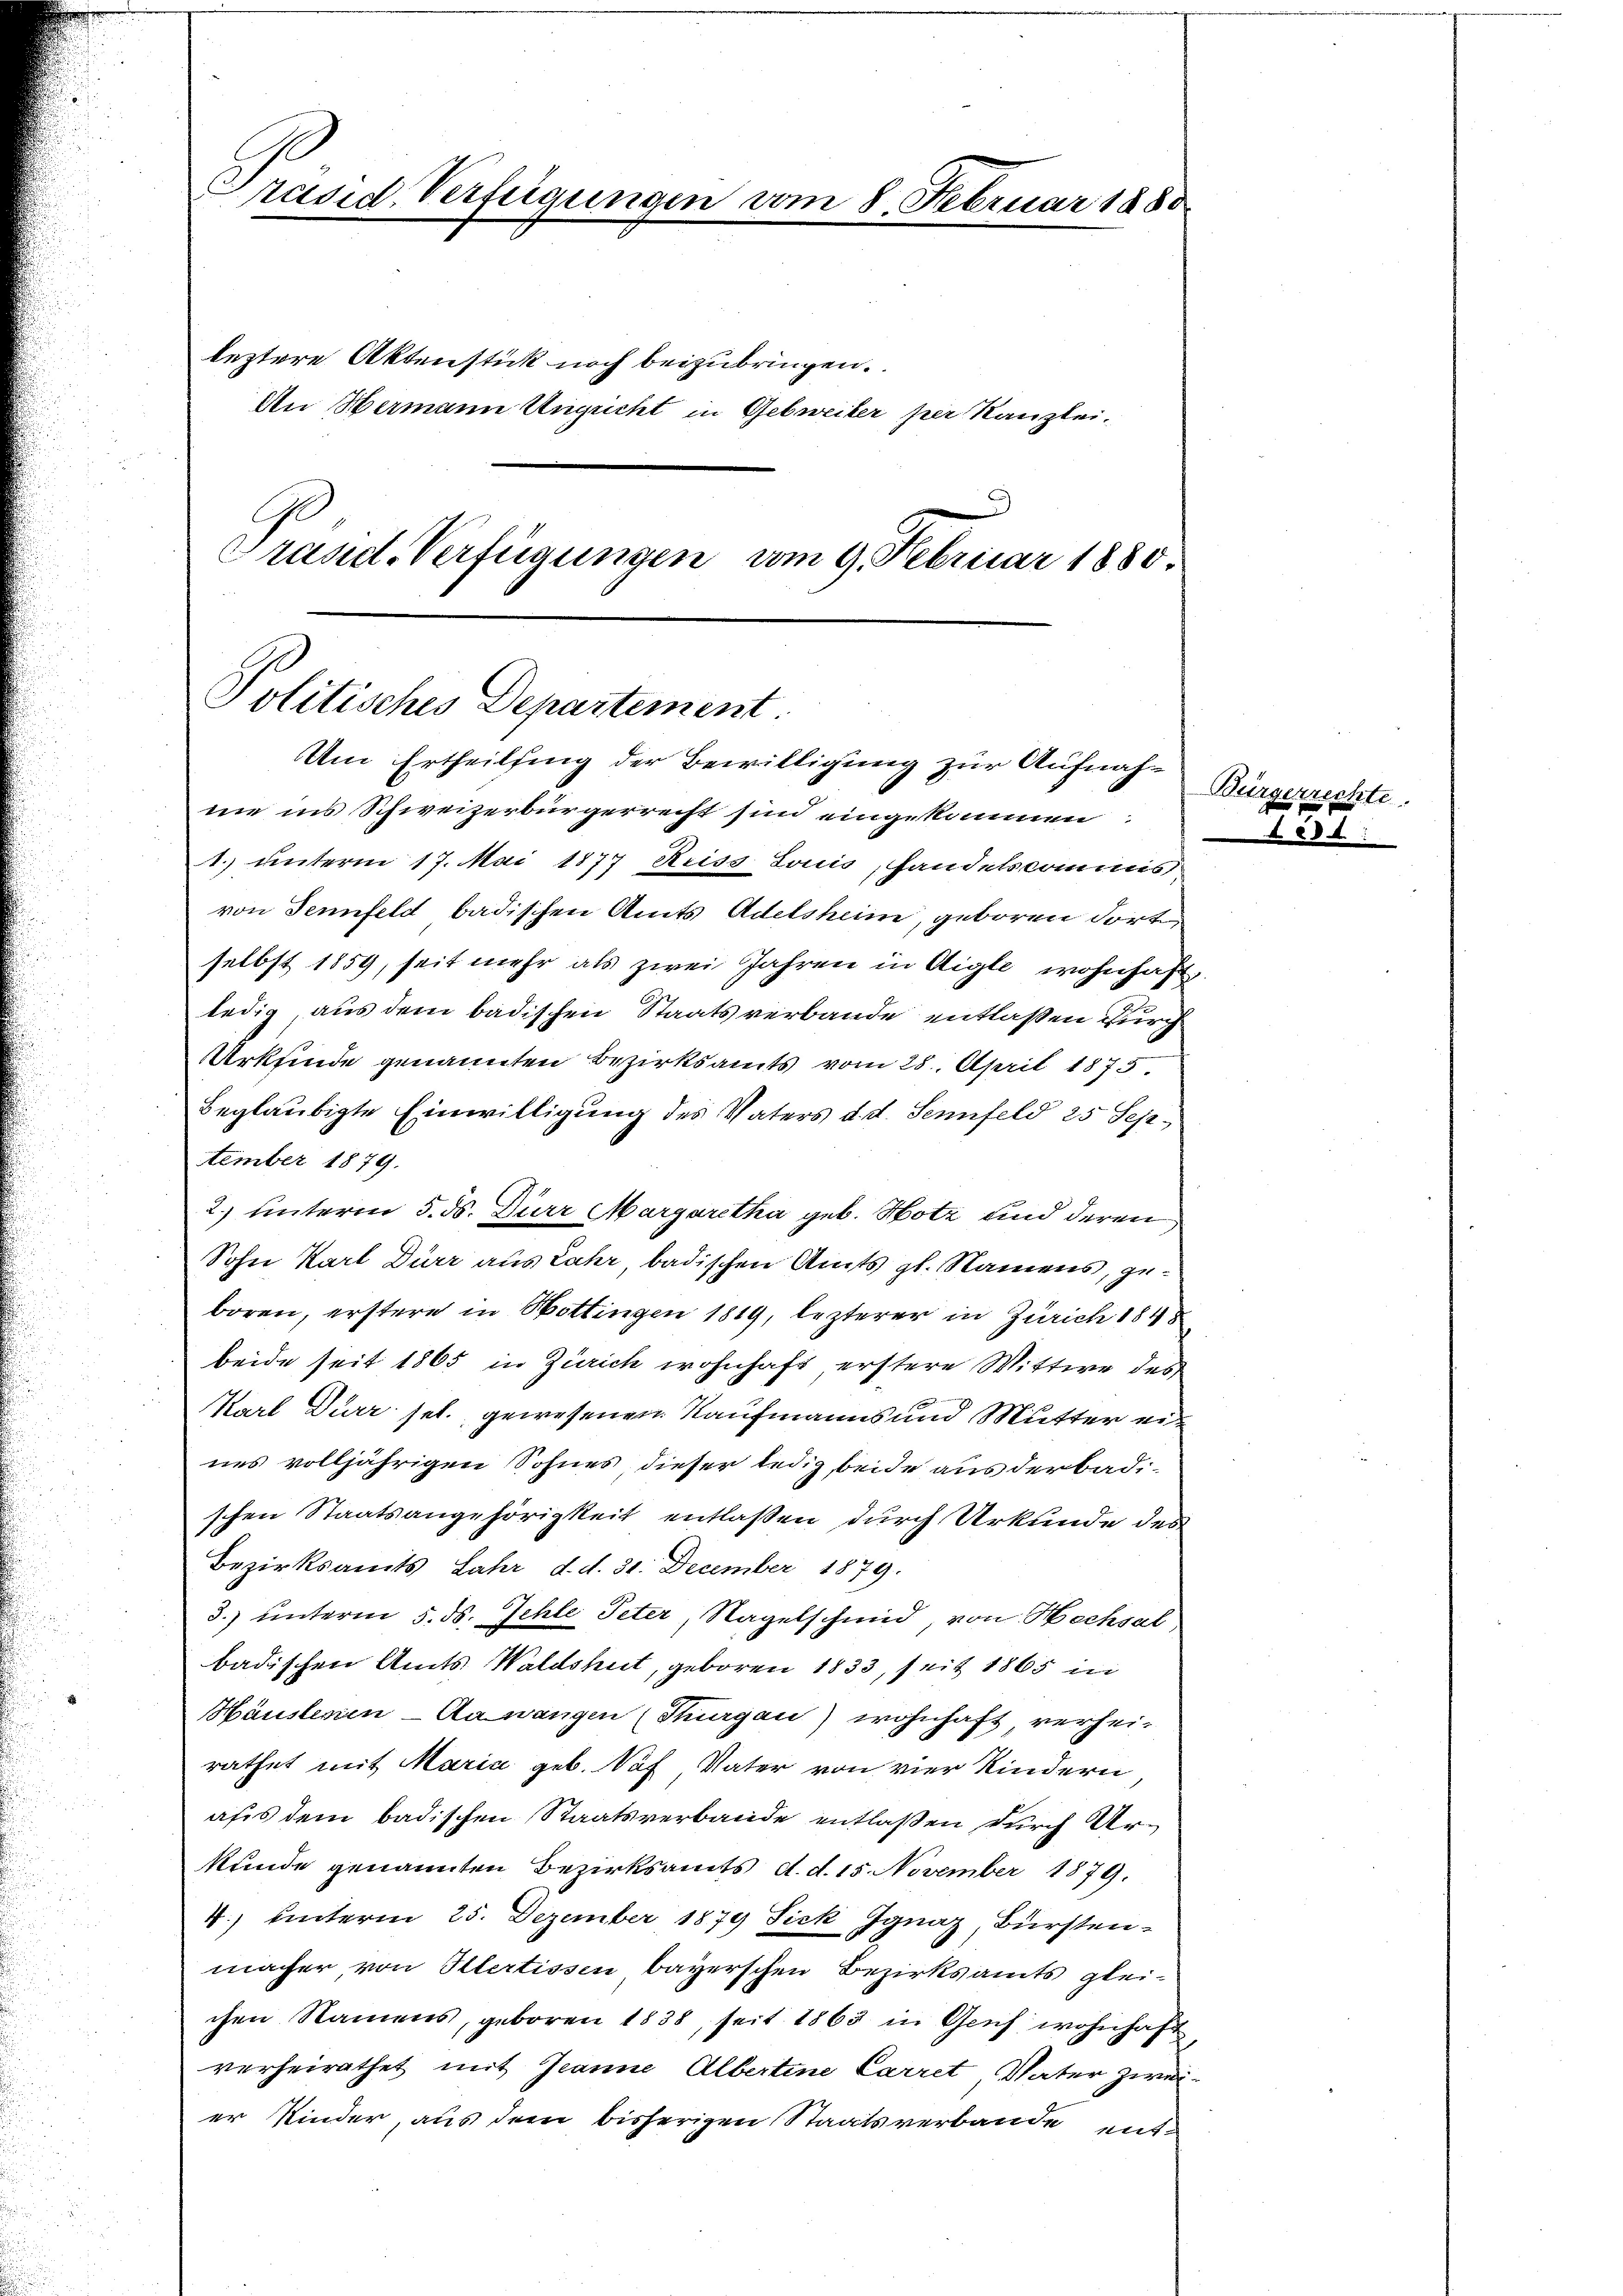
räsid. Verfügungen vom 8. Februar 1880

leztere Aktenstick noch beizubringen.
An Hermann Ungricht in Gebreiter per Kanzlei.

Präsid. Verfügungen vom 9. Februar 1880.

Politisches Departement.
Um Ertheilung der Bewilligung zur Aufnah- Bürgerrechte

nie ins Schweizerbürgerrecht sind eingekommen
1. unterm 17. Mai 1877 Reiss Louis, Handelscommis
von Sennfeld badischen Amts Adelsheim, geboren dort
selbst 1859, seit mehr als zwei Jahren in Aigle wohnhaft,
ledig, aus dem badischen Staatsverbande entlaßen durch
Urkunde genannten Bezirksamts vom 28. April 1875.
beglaubigte Einwilligung des Vaters d. d. Senfeld 25 September 1879.
2.) unterm 5. ds. Dürr Margaretha geb. Hotz und deren
Sohn Karl Dürr aus Lahr badischen Amts gl. Namens, geboren, erstere in Bottingen 1819, lezterer in Zürich 1848
beide seit 1865 in Zürich wohnhaft erstere Wittwe des
Karl Dürr sel. gewesenen Kaufmanns und Mutter eines volljährigen Sohnes dieser ledig beide aus der badischen Staatsangehörigkeit entlaßen durch Urkunde des
Bezirksamts Jahr d. d. 31. December 1879.
3.) unterm 5. ds. Jehle Peter, Nagelschmid, von Hechsel
badischen Amts Waldshut, geboren 1833, seit 1865 in
Häustenen - Aawangen (Thurgau) wohnhaft, verheirathet mit Maria geb. Sof Vater von vier Kindern
afes dem badischen Staatsverbande entlaßen durch Urkunde genannten Bezirksamts d. d. 15. November 1879.
4.) hinterm 25. Dezember 1879 Fick Ignaz, Bürstenmacher von Olertissen bayerschen Bezirksamts gleichen Namens, geboren 1838, seit 1863 in Genf wohnhaft
verheirathet mit Jeanne Albertine Carret, Vater zweier Kinder, aus dem bisherigen Staatsverbande ent¬

731.